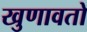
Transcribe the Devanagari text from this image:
खुणावतो